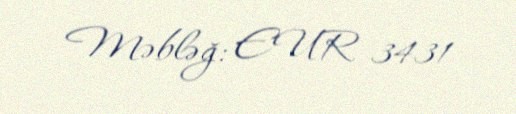
Məbləğ: EUR 3431